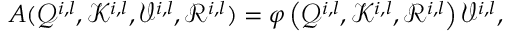
A ( \mathcal { Q } ^ { i , l } , \mathcal { K } ^ { i , l } , \mathcal { V } ^ { i , l } , \mathcal { R } ^ { i , l } ) = \varphi \left( \mathcal { Q } ^ { i , l } , \mathcal { K } ^ { i , l } , \mathcal { R } ^ { i , l } \right) \mathcal { V } ^ { i , l } ,